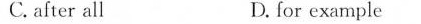
C. after all D. for example